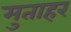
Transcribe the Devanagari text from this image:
मुताहर